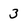
Character: 3